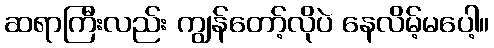
ဆရာကြီးလည်း ကျွန်တော့်လိုပဲ နေလိမ့်မပေါ့။